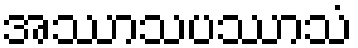
အဿာသပဿာသံ